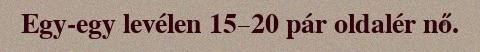
Egy-egy levélen 15–20 pár oldalér nő.